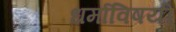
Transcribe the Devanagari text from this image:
धर्माविषयी